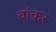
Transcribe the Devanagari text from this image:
बांकर